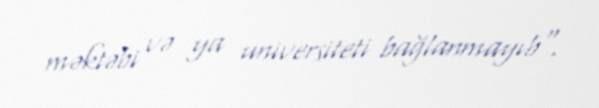
məktəbi və ya universiteti bağlanmayıb".